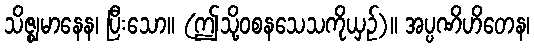
သိဇ္ဈမာနေန၊ ပြီးသော။ (ဤသို့ဝစနသေသကိုယှဉ်)။ အပ္ပဏိဟိတေန၊